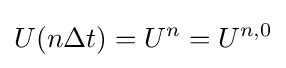
U(n\Delta t)=U^{n}=U^{n,0}